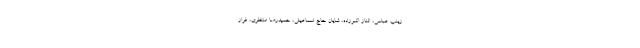
زینب عباسی، الناز اکبرزاده، شایان حاج اسماعیلی، حمیدرضا منتظری، فراز